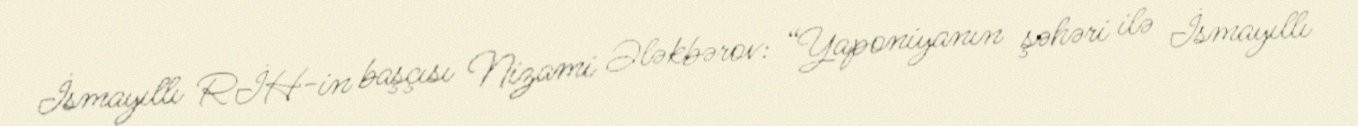
İsmayıllı RİH-in başçısı Nizami Ələkbərov: “Yaponiyanın şəhəri ilə İsmayıllı